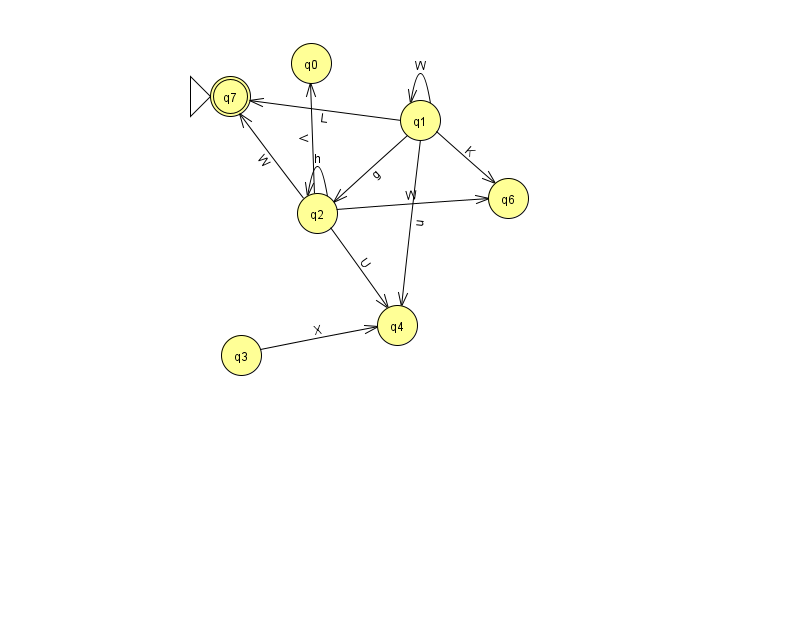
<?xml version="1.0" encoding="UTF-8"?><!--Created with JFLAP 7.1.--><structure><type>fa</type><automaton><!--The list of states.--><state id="0" name="q0"><x>311.0</x><y>50.0</y></state><state id="1" name="q1"><x>420.0</x><y>107.0</y></state><state id="2" name="q2"><x>317.0</x><y>200.0</y></state><state id="3" name="q3"><x>241.0</x><y>342.0</y></state><state id="4" name="q4"><x>397.0</x><y>312.0</y></state><state id="6" name="q6"><x>508.0</x><y>185.0</y></state><state id="7" name="q7"><x>230.0</x><y>83.0</y><initial/><final/></state><!--The list of transitions.--><transition><from>3</from><to>4</to><read>X</read></transition><transition><from>1</from><to>4</to><read>u</read></transition><transition><from>1</from><to>1</to><read>W</read></transition><transition><from>2</from><to>0</to><read>V</read></transition><transition><from>2</from><to>2</to><read>h</read></transition><transition><from>1</from><to>7</to><read>L</read></transition><transition><from>2</from><to>6</to><read>W</read></transition><transition><from>2</from><to>4</to><read>U</read></transition><transition><from>2</from><to>7</to><read>W</read></transition><transition><from>1</from><to>6</to><read>K</read></transition><transition><from>1</from><to>2</to><read>g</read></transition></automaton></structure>